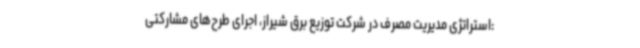
:استراتژی مدیریت مصرف در شرکت توزیع برق شیراز، اجرای طرح‌های مشارکتی